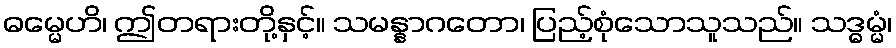
ဓမ္မေဟိ၊ ဤတရားတို့နှင့်။ သမန္နာဂတော၊ ပြည့်စုံသောသူသည်။ သဒ္ဓမ္မံ၊